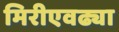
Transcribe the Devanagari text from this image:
मिरीएवढ्या